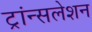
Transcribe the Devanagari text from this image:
ट्रांन्सलेशन